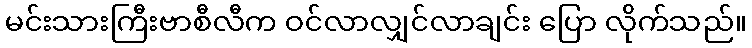
မင်းသားကြီးဗာစီလီက ဝင်လာလျှင်လာချင်း ပြော လိုက်သည်။